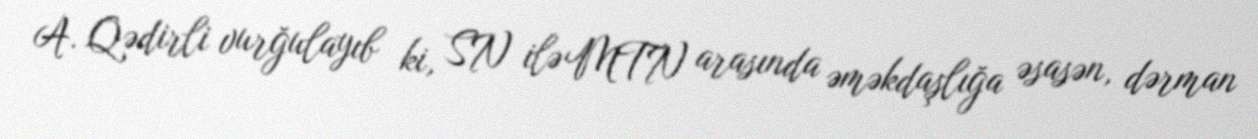
A. Qədirli vurğulayıb ki, SN ilə MTN arasında əməkdaşlığa əsasən, dərman